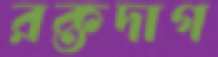
রক্তদাগ